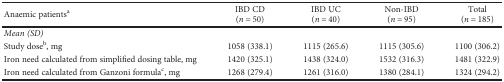
<table><thead><tr><td><b>Anaemic patients<sup>a</sup></b></td><td><b>IBD CD(<i>n</i> = 50)</b></td><td><b>IBD UC(<i>n</i> = 40)</b></td><td><b>Non-IBD(<i>n</i> = 95)</b></td><td><b>Total(<i>n</i> = 185)</b></td></tr></thead><tbody><tr><td colspan="5"><i>Mean (SD)</i></td></tr><tr><td>Study dose<sup>b</sup>, mg</td><td>1058 (338.1)</td><td>1115 (265.6)</td><td>1115 (305.6)</td><td>1100 (306.2)</td></tr><tr><td>Iron need calculated from simplified dosing table, mg</td><td>1420 (325.1)</td><td>1438 (324.0)</td><td>1532 (316.3)</td><td>1481 (322.9)</td></tr><tr><td>Iron need calculated from Ganzoni formula<sup>c</sup>, mg</td><td>1268 (279.4)</td><td>1261 (316.0)</td><td>1380 (284.1)</td><td>1324 (294.2)</td></tr></tbody></table>